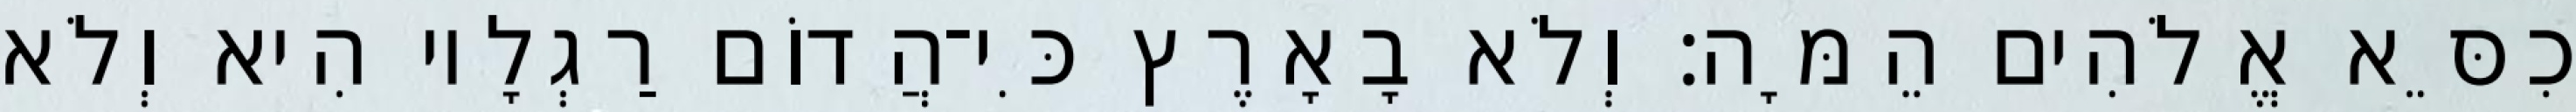
כִסֵּא אֱלֹהִים הֵמָּה׃ וְלֹא בָאָרֶץ כִּי־הֲדוֹם רַגְלָיו הִיא וְלֹא